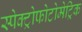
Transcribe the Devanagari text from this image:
स्पेक्ट्रोफोटोमेट्रिक